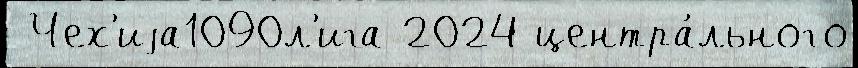
 Чех'иjа1090л'ига 2024 центра́льного